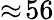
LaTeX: \approx\! 56